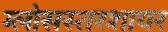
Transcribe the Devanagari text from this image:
ग्लोसस्तरशायर